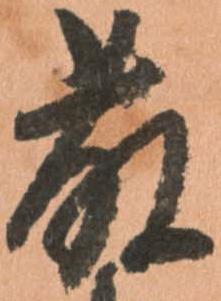
藤